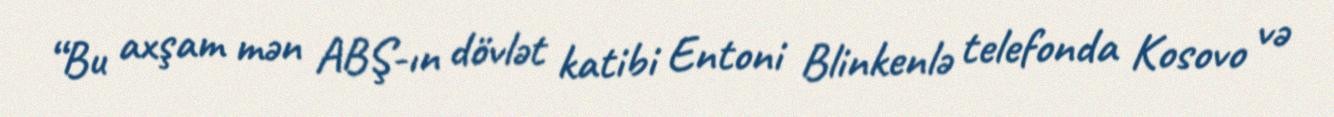
“Bu axşam mən ABŞ-ın dövlət katibi Entoni Blinkenlə telefonda Kosovo və